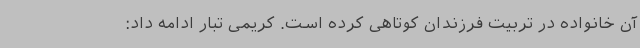
آن خانواده در تربیت فرزندان کوتاهی کرده است. کریمی تبار ادامه داد: